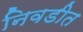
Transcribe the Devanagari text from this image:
निवडीत